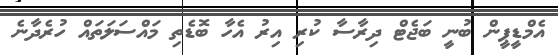
އެމްޑީޕީން ބުނީ ބަޖެޓް ދިރާސާ ކުރި އިރު އެހާ ބޮޑެތި މައްސަލަތައް ހުރެދާނެ